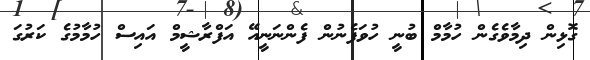
ގޮޅިން ދިމާވެގެން ހުމާމް ބުނީ ހުވަފެނުން ފެންނަނީއޭ އަފްރާޝީމް އައިސް ހުމާމުގެ ކަރުގަ